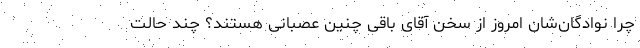
چرا نوادگان‌شان امروز از سخن آقای باقی چنین عصبانی هستند؟ چند حالت